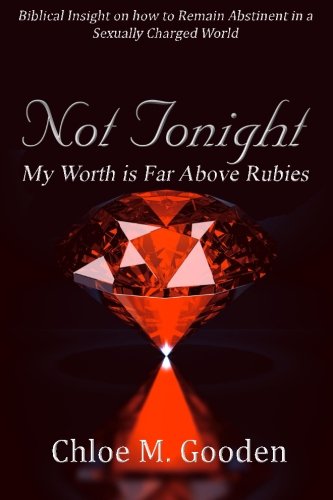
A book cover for Not Tonight: My Worth is Far Above Rubies; Chloe M Gooden; Religion & Spirituality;